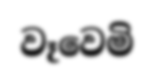
වෑවෙමි